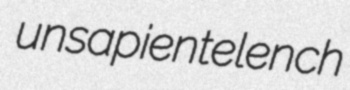
unsapient elench